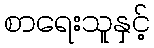
စာရေးသူနှင့်